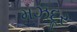
મઝદૂર